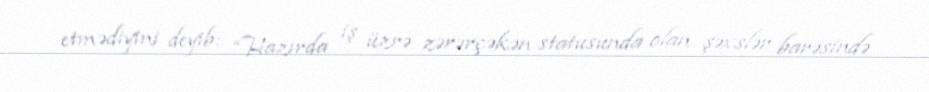
etmədiyini deyib: “Hazırda iş üzrə zərərçəkən statusunda olan şəxslər barəsində